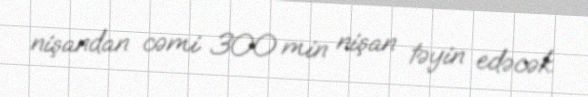
nişandan cəmi 300 min nişan təyin edəcək.